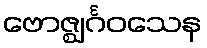
ဗောဇ္ဈင်္ဂဝသေန